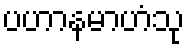
ပဟာနမာဟံသု